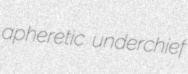
apheretic underchief